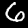
Label: 6